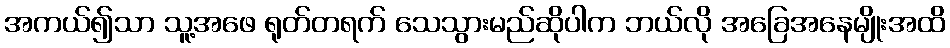
အကယ်၍သာ သူ့အဖေ ရုတ်တရက် သေသွားမည်ဆိုပါက ဘယ်လို အခြေအနေမျိုးအထိ